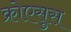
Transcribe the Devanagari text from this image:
क्रोएसुस